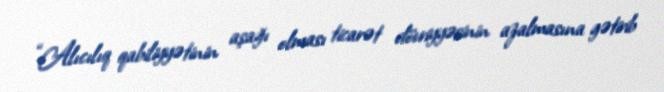
“Alıcılıq qabiliyyətinin aşağı olması ticarət dövriyyəsinin azalmasına gətirib